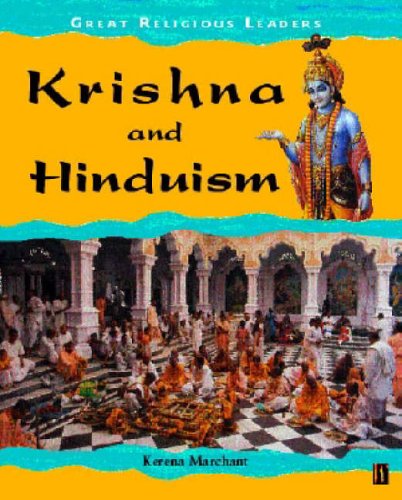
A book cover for Krishna and Hinduism (Great Religious Leaders); Kerena Marchant; Children's Books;